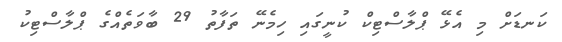
ކަނޑަށް މި އެޅޭ ޕްލާސްޓިކް ކުނީގައި ހިމެނޭ ތަފާތު 29 ބާވަތެއްގެ ޕްލާސްޓިކު